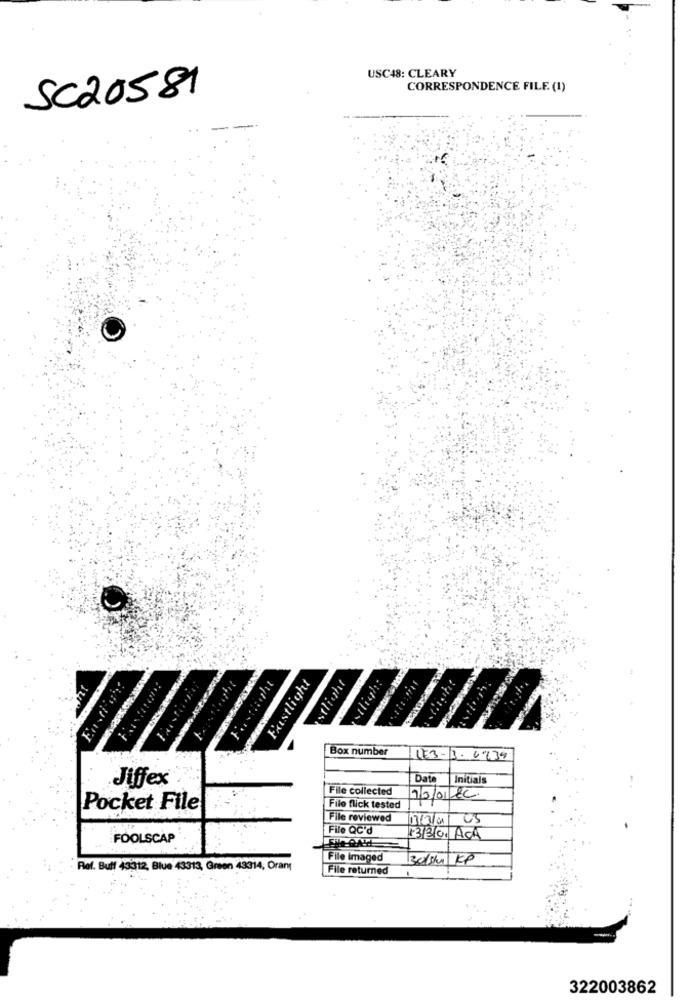
USC48: CLEARY
SC20581
CORRESPONDENCE FILE (1)
Fastlight
estlight
light
Box number
173-3-6939
Jiffex
Date
Initials
File collected
1/3/01/8L
Pocket File
File flick tested
File reviewed
1/3/4/ 05
File QC'd
FOOLSCAP
13/30. ACA
File Imaged
30/5/ KP
: Ref. Buff 43312, Blue 43313, Green 43314; Oranı
File returned
1
322003862